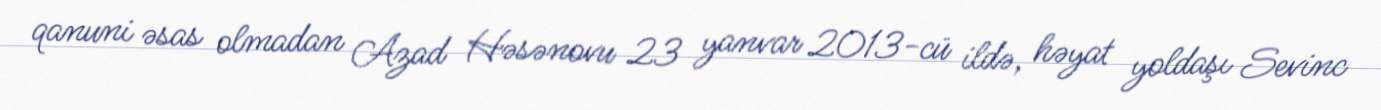
qanuni əsas olmadan Azad Həsənovu 23 yanvar 2013-cü ildə, həyat yoldaşı Sevinc